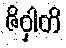
ဇိဝှါတိ